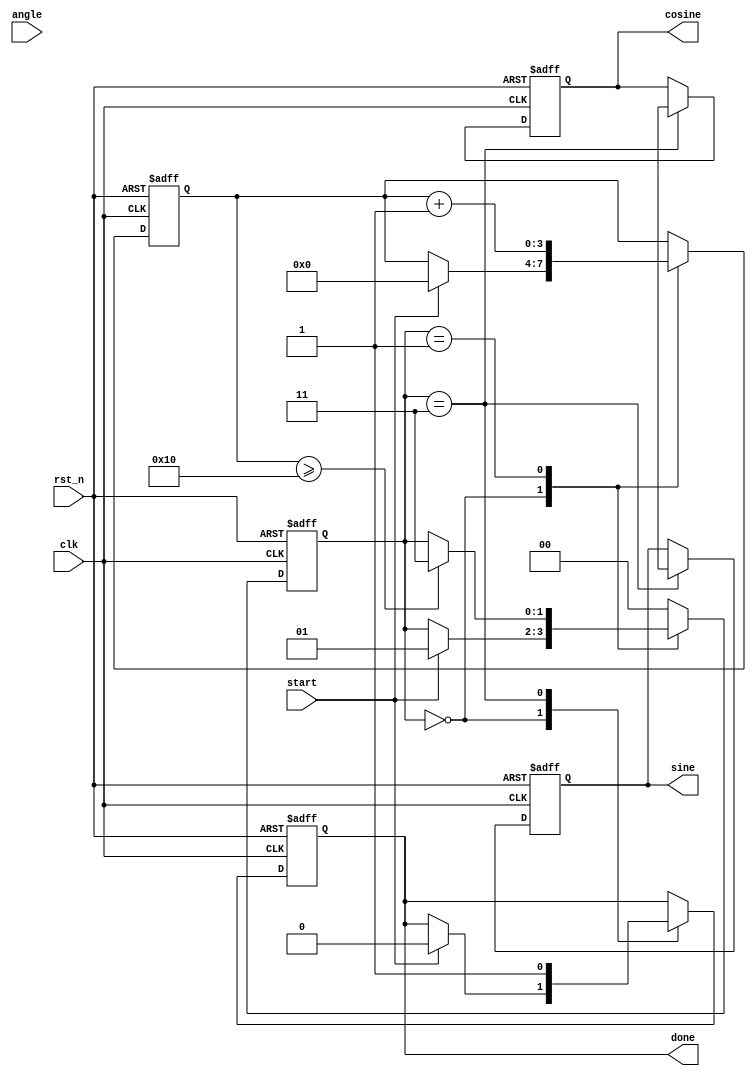
module cordic(
    input clk,
    input rst_n,
    input start,
    input [15:0] angle, // Fixed-point representation of the angle in radians
    output reg [15:0] sine,  // Sine output
    output reg [15:0] cosine, // Cosine output
    output reg done
);

    // Parameter definitions
    parameter NUM_ITERATIONS = 16; // Number of iterations for precision
    parameter FIXED_POINT_FRACTION = 12; // Fixed-point fraction bits
    parameter CORDIC_GAIN = 16'hB504; // Gain factor for CORDIC (approx 0.6072)

    // Internal registers
    reg signed [31:0] x[0:NUM_ITERATIONS-1]; // X coordinates (32 bits for precision)
    reg signed [31:0] y[0:NUM_ITERATIONS-1]; // Y coordinates (32 bits for precision)
    reg signed [31:0] z[0:NUM_ITERATIONS-1]; // Angle values (32 bits for precision)
    reg [3:0] iteration; // Iteration counter
    reg [15:0] arctan_table [0:NUM_ITERATIONS-1]; // Lookup table for arctan values

    // Initialize arctangent lookup table
    initial begin
        arctan_table[0] = 16'h2000; // atan(2^-0)
        arctan_table[1] = 16'h1000; // atan(2^-1)
        arctan_table[2] = 16'h0800; // atan(2^-2)
        arctan_table[3] = 16'h0400; // atan(2^-3)
        arctan_table[4] = 16'h0200; // atan(2^-4)
        arctan_table[5] = 16'h0100; // atan(2^-5)
        arctan_table[6] = 16'h0080; // atan(2^-6)
        arctan_table[7] = 16'h0040; // atan(2^-7)
        arctan_table[8] = 16'h0020; // atan(2^-8)
        arctan_table[9] = 16'h0010; // atan(2^-9)
        arctan_table[10] = 16'h0008; // atan(2^-10)
        arctan_table[11] = 16'h0004; // atan(2^-11)
        arctan_table[12] = 16'h0002; // atan(2^-12)
        arctan_table[13] = 16'h0001; // atan(2^-13)
        arctan_table[14] = 16'h0001; // atan(2^-14)
        arctan_table[15] = 16'h0001; // atan(2^-15)
    end

    // State machine states
    reg [1:0] state;
    localparam IDLE = 2'b00, INIT = 2'b01, CALCULATE = 2'b10, DONE = 2'b11;

    // Sequential logic
    always @(posedge clk or negedge rst_n) begin
        if (!rst_n) begin
            sine <= 0;
            cosine <= 0;
            done <= 0;
            state <= IDLE;
            iteration <= 0;
        end else begin
            case (state)
                IDLE: begin
                    if (start) begin
                        // Initialize x and y for (1, 0) and z for the input angle
                        x[0] <= 32'h00010000; // 1.0 in fixed-point
                        y[0] <= 32'h00000000; // 0.0 in fixed-point
                        z[0] <= angle << FIXED_POINT_FRACTION; // Scale angle
                        iteration <= 0;
                        state <= INIT;
                        done <= 0;
                    end
                end
                
                INIT: begin
                    // Initialize values for iteration
                    x[iteration+1] <= x[iteration];
                    y[iteration+1] <= y[iteration];
                    z[iteration+1] <= z[iteration];

                    // Determine the direction of rotation
                    if (z[iteration] < 0) begin
                        x[iteration+1] <= x[iteration] + (y[iteration] >>> iteration);
                        y[iteration+1] <= y[iteration] - (x[iteration] >>> iteration);
                        z[iteration+1] <= z[iteration] + arctan_table[iteration];
                    end else begin
                        x[iteration+1] <= x[iteration] - (y[iteration] >>> iteration);
                        y[iteration+1] <= y[iteration] + (x[iteration] >>> iteration);
                        z[iteration+1] <= z[iteration] - arctan_table[iteration];
                    end

                    iteration <= iteration + 1;
                    
                    // Check if all iterations are done
                    if (iteration >= NUM_ITERATIONS) begin
                        state <= DONE;
                    end
                end
                
                DONE: begin
                    cosine <= x[NUM_ITERATIONS];
                    sine <= y[NUM_ITERATIONS];
                    done <= 1;
                    state <= IDLE; // Transition back to IDLE
                end
                
                default: state <= IDLE;
            endcase
        end
    end
endmodule